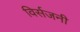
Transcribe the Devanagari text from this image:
विर्सजनी